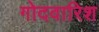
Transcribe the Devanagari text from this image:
गोदवारिश